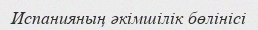
Испанияның әкімшілік бөлінісі